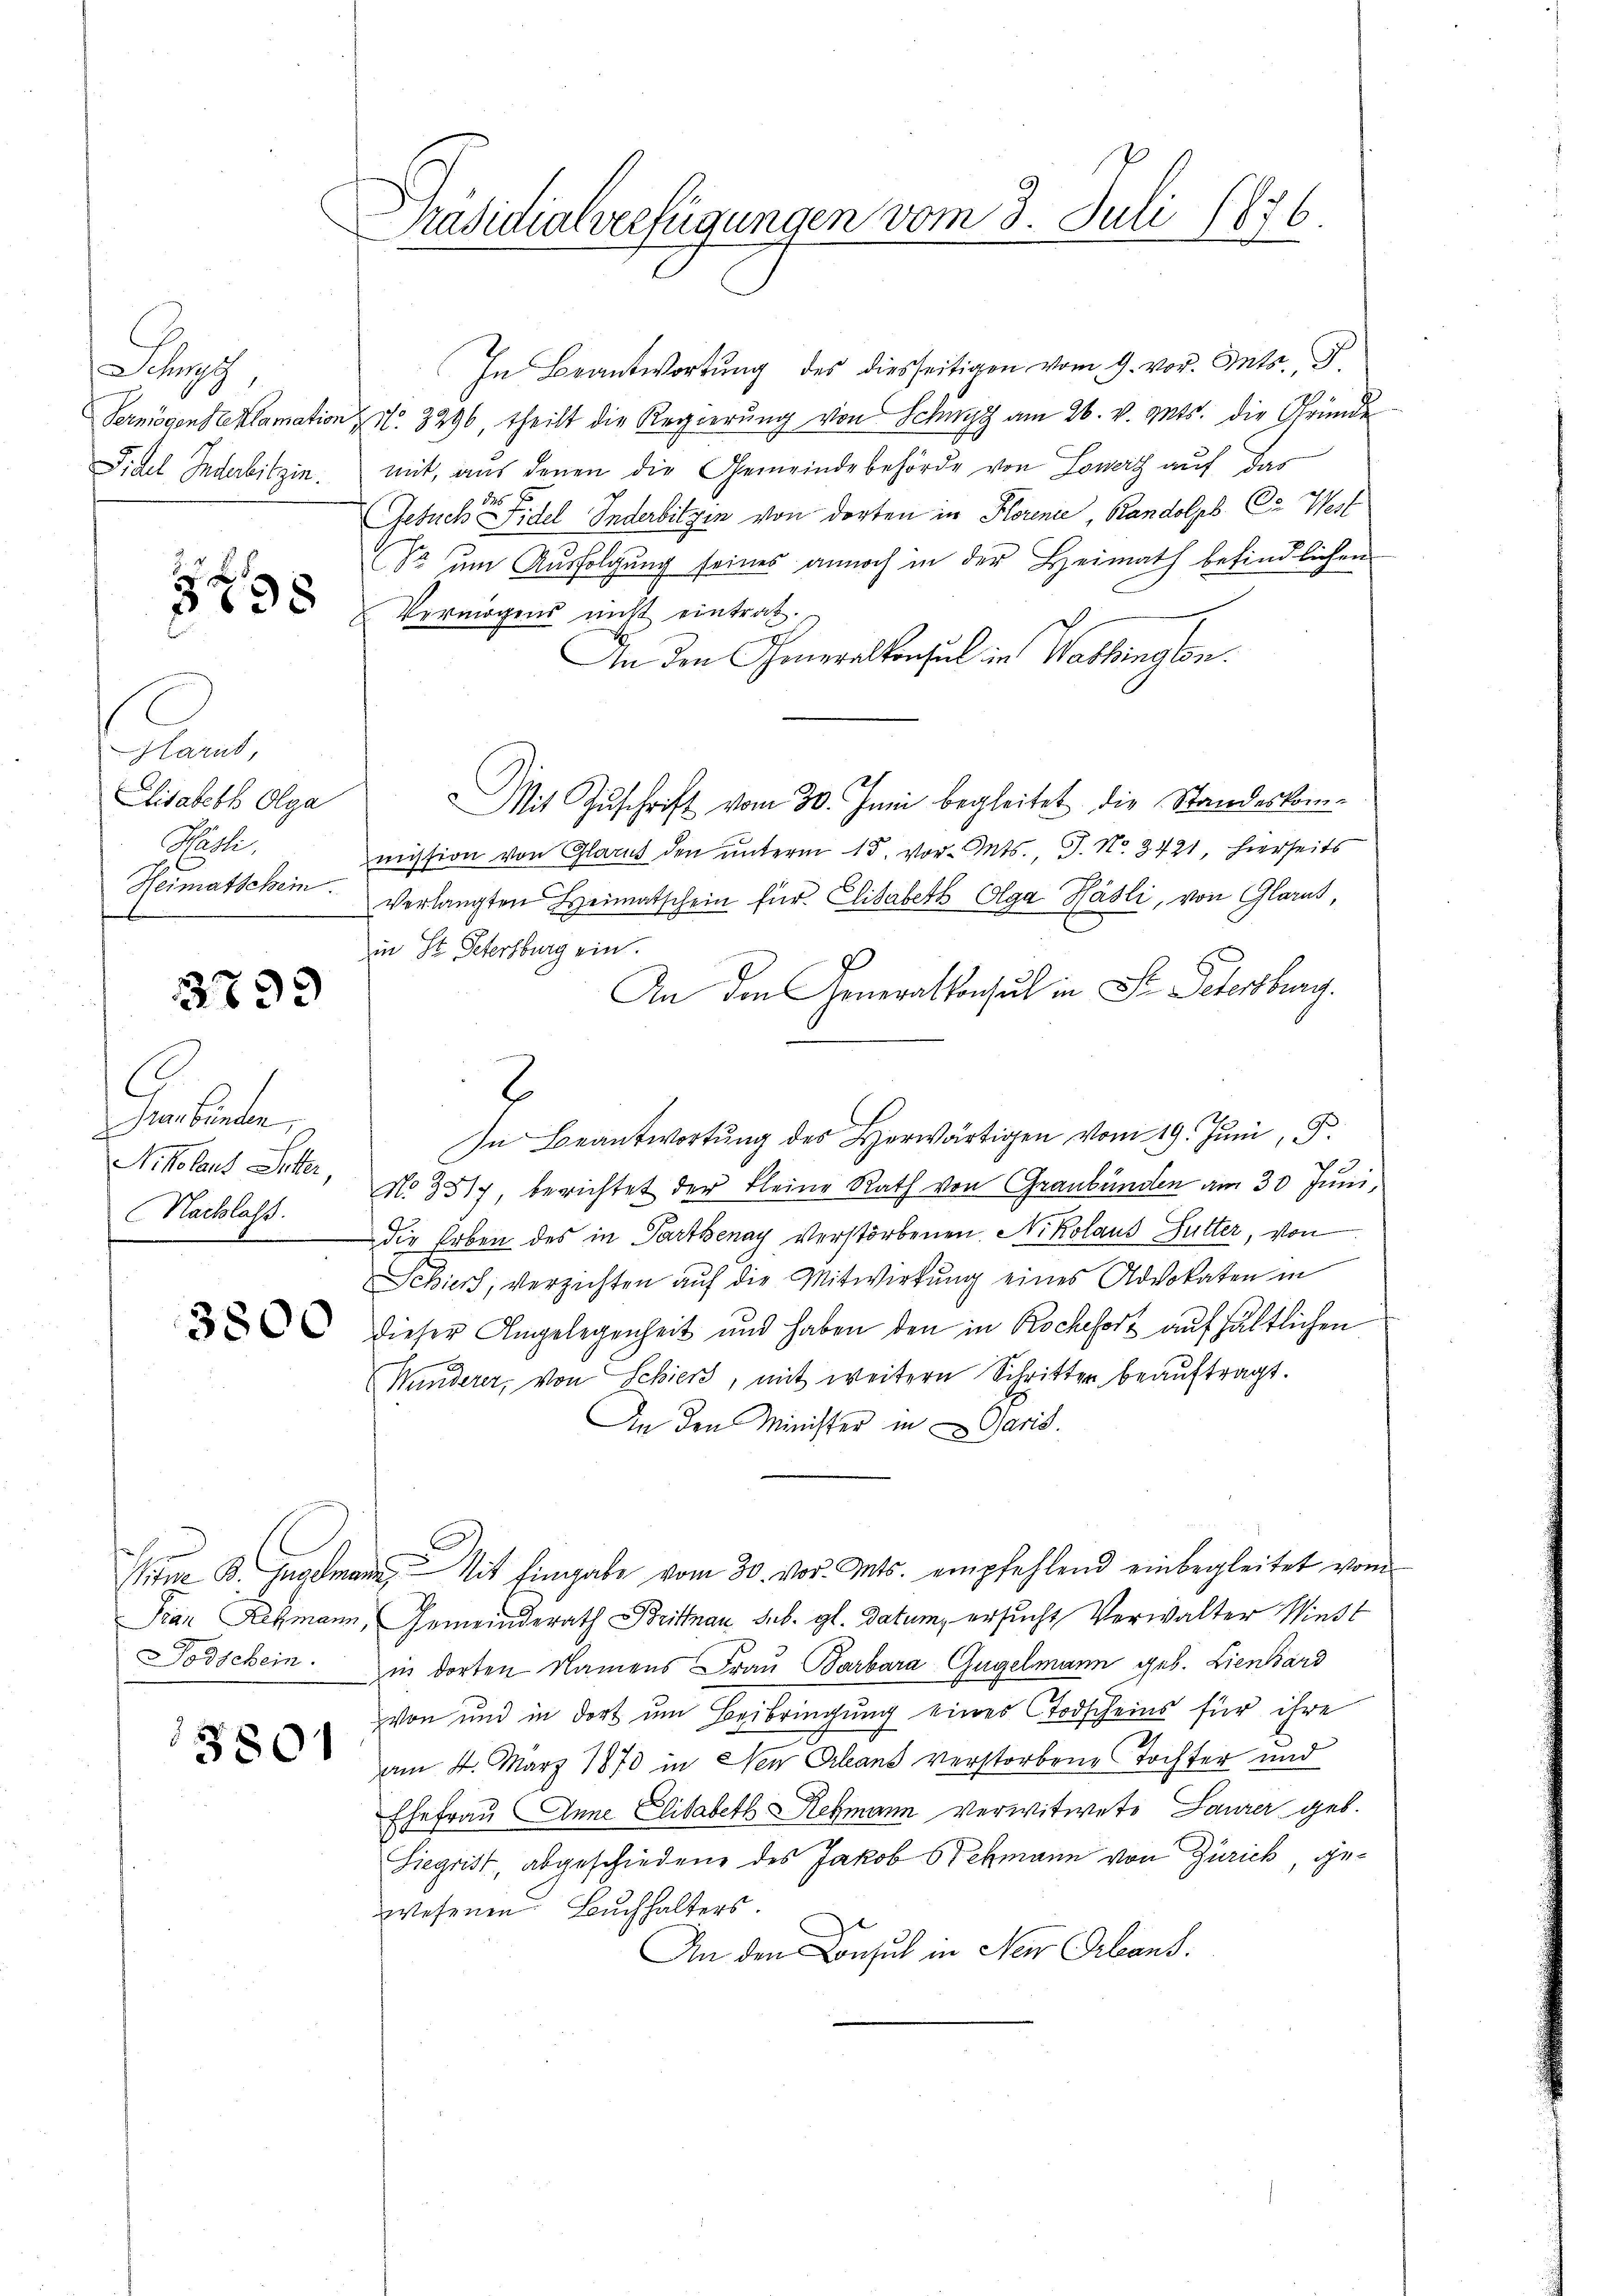
Scho
Vermögens reklamation
Fidel Inderbitzin.

5 x 38

Glarus,
Elisabeth Olga
Hasli,
Heimatschein.

2799

C
Graubünden,
Nikolaus Sitter,
Nachlass.

3800

Jean Rebmann
Todschein.

15801

Präsidialverfügungen vom 3. Juli 1876.

In Beantwortung des diesseitigen vom 9. vor. Mts., F.
Art. 3296, theilt die Regierung von Schwyz am 26. v. Mts. die Gründe
mit, aus denen die Gemeindebehörde von Lowerz auf das

Gesuchen Fidel Inderbitzen von dorten in Florenie, Randolph Ca West
So um Ausfolgung seines annoch in der Heimath befindlichen
Vermögens nicht eintrat.
An den Generalkonsul in Washingen.
Mit Zuschrift vom 30. Juni begleitet, die Standeskommission von Glarus den unterm 15. vor. Mts., J. No. 3421, hierseits
verlangten Heimatschein für Elisabeth Olga Häsli, von Glarus,
in St. Petersburg ein.
.
An den Generalkonsul in St. Petersburg.
2
In Beantwortung des Herwärtigen vom 19. Juni 5.
No. 3517, berichtet der Kleine Rath von Graubünden am 30. Juni,
die Erben des in Parthenay verstorbenen, Nikolaus Futter, von
Schiers, verzichten auf die Mitwirkung eines Advokaten in
dieser Angelegenheit und haben den in Rochefort aufhältlichen
Minderer, von Schiers, mit weitern Schritten beaŭftragt.
An den Minister in Paris.
Sine B. Ingemann, Mit Eingabe vom 30. vor. Mts. empfehlend einbegleitet vom
, Gemeinderath Brittnau sub. gl. datum, ersucht Verwalter Wiest
in dorten Namens Frau Barbara Gugelmann geb. Lienhard
von und in dort um Beibringung eines Todscheins für ihre
am 4. März 1873 in Neu Orleans verstorbene Tochter und
Ehefrau Anne Elisabeth Rebmann verwitwete Laurer geb.
Siegrist, abgeschiedene des Jakob Stegmann von Zürich, gewesenen Buchhalters.
An den Consul in Neu Orleans